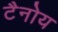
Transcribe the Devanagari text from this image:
टैनोय